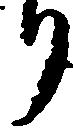
り